Indian journal of veterinary science and animal husbandry - Volumes 28-29, 1958-1959
Year: 1958
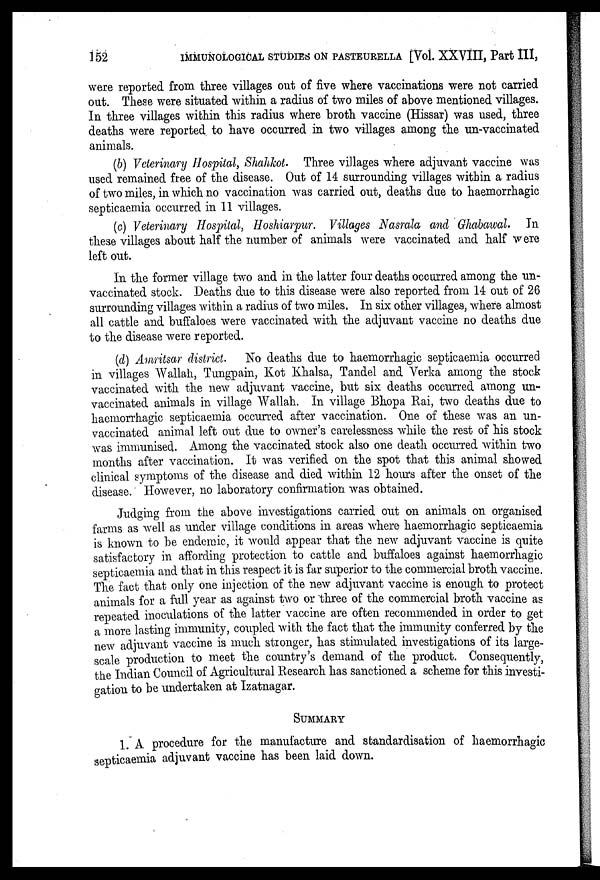
152
IMMUNOLOGICAL STUDIES ON PASTEURELLA [Vol. XXVIII, Part III,
were reported from three villages out of five where vaccinations were not carried
out. These were situated within a radius of two miles of above mentioned villages.
In three villages within this radius where broth vaccine (Hissar) was used, three
deaths were reported to have occurred in two villages among the un-vaccinated
animals.
(b) Veterinary Hospital, Shahkot. Three villages where adjuvant vaccine was
used remained free of the disease. Out of 14 surrounding villages within a radius
of two miles, in which no vaccination was carried out, deaths due to haemorrhagic
septicaemia occurred in 11 villages.
(c) Veterinary Hospital, Hoshiarpur. Villages Nasrala and Ghabawal. In
these villages about half the number of animals were vaccinated and half were
left out.
In the former village two and in the latter four deaths occurred among the un-
vaccinated stock. Deaths due to this disease were also reported from 14 out of 26
surrounding villages within a radius of two miles. In six other villages, where almost
all cattle and buffaloes were vaccinated with the adjuvant vaccine no deaths due
to the disease were reported.
(d) Amritsar district. No deaths due to haemorrhagic septicaemia occurred
in villages Wallah, Tungpain, Kot Khalsa, Tandel and Verka among the stock
vaccinated with the new adjuvant vaccine, but six deaths occurred among un-
vaccinated animals in village Wallah. In village Bhopa Rai, two deaths due to
haemorrhagic septicaemia occurred after vaccination. One of these was an un-
vaccinated animal left out due to owner's carelessness while the rest of his stock
was immunised. Among the vaccinated stock also one death occurred within two
months after vaccination. It was verified on the spot that this animal showed
clinical symptoms of the disease and died within 12 hours after the onset of the
disease. However, no laboratory confirmation was obtained.
Judging from the above investigations carried out on animals on organised
farms as well as under village conditions in areas where haemorrhagic septicaemia
is known to be endemic, it would appear that the new adjuvant vaccine is quite
satisfactory in affording protection to cattle and buffaloes against haemorrhagic
septicaemia and that in this respect it is far superior to the commercial broth vaccine.
The fact that only one injection of the new adjuvant vaccine is enough to protect
animals for a full year as against two or three of the commercial broth vaccine as
repeated inoculations of the latter vaccine are often recommended in order to get
a more lasting immunity, coupled with the fact that the immunity conferred by the
new adjuvant vaccine is much stronger, has stimulated investigations of its large-
scale production to meet the country's demand of the product. Consequently,
the Indian Council of Agricultural Research has sanctioned a scheme for this investi-
gation to be undertaken at Izatnagar.
SUMMARY
1. A procedure for the manufacture and standardisation of haemorrhagic
septicaemia adjuvant vaccine has been laid down.